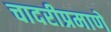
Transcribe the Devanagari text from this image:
चादरीप्रमाणे